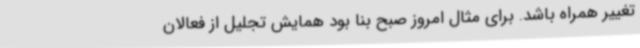
تغییر همراه باشد. برای مثال امروز صبح بنا بود همایش تجلیل از فعالان